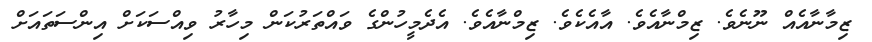
ޒިމާނާއެއް ނޫނެވެ. ޒިމްނާއެވެ. އާއެކެވެ. ޒިމްނާއެވެ. އެދެމީހުންގެ ވައްތަރުކަން މިހާރު ވިއްސަކަށް އިންސަތައަށް